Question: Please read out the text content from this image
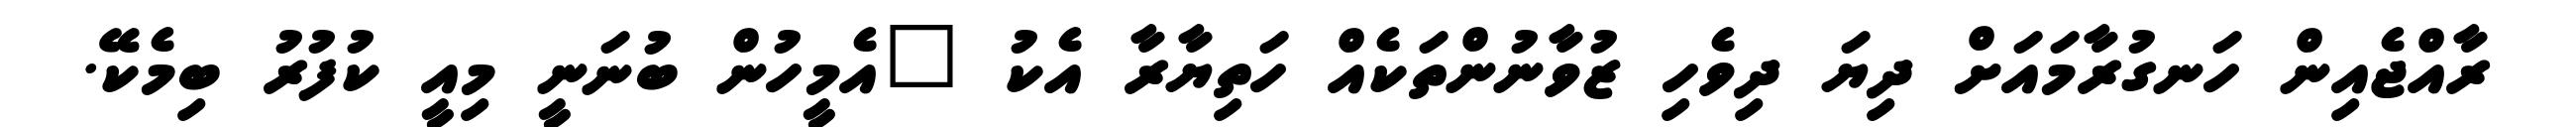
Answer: ރާއްޖެއިން ހަނގުރާމައަށް ދިޔަ ދިވެހި ޒުވާނުންތަކެއް ހަތިޔާރާ އެކު "އެމީހުން ބުނަނީ މިއީ ކުފުރު ބިމެކޭ.